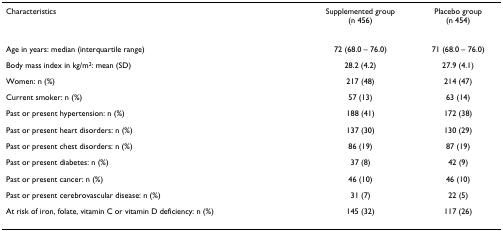
<table><thead><tr><td><b>Characteristics</b></td><td><b>Supplemented group(n 456)</b></td><td><b>Placebo group(n 454)</b></td></tr></thead><tbody><tr><td>Age in years: median (interquartile range)</td><td>72 (68.0 – 76.0)</td><td>71 (68.0 – 76.0)</td></tr><tr><td>Body mass index in kg/m<sup>2</sup>: mean (SD)</td><td>28.2 (4.2)</td><td>27.9 (4.1)</td></tr><tr><td>Women: n (%)</td><td>217 (48)</td><td>214 (47)</td></tr><tr><td>Current smoker: n (%)</td><td>57 (13)</td><td>63 (14)</td></tr><tr><td>Past or present hypertension: n (%)</td><td>188 (41)</td><td>172 (38)</td></tr><tr><td>Past or present heart disorders: n (%)</td><td>137 (30)</td><td>130 (29)</td></tr><tr><td>Past or present chest disorders: n (%)</td><td>86 (19)</td><td>87 (19)</td></tr><tr><td>Past or present diabetes: n (%)</td><td>37 (8)</td><td>42 (9)</td></tr><tr><td>Past or present cancer: n (%)</td><td>46 (10)</td><td>46 (10)</td></tr><tr><td>Past or present cerebrovascular disease: n (%)</td><td>31 (7)</td><td>22 (5)</td></tr><tr><td>At risk of iron, folate, vitamin C or vitamin D deficiency: n (%)</td><td>145 (32)</td><td>117 (26)</td></tr></tbody></table>